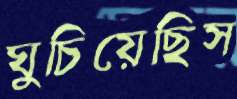
ঘুচিয়েছিস